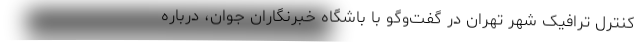
کنترل ترافیک شهر تهران در گفت‌وگو با باشگاه خبرنگاران جوان، درباره